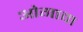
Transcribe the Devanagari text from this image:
ओगावा